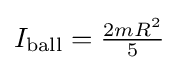
{\textstyle I_{\text{ball}}={\frac {2mR^{2}}{5}}}